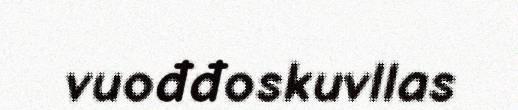
vuođđoskuvllas